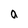
Character: a